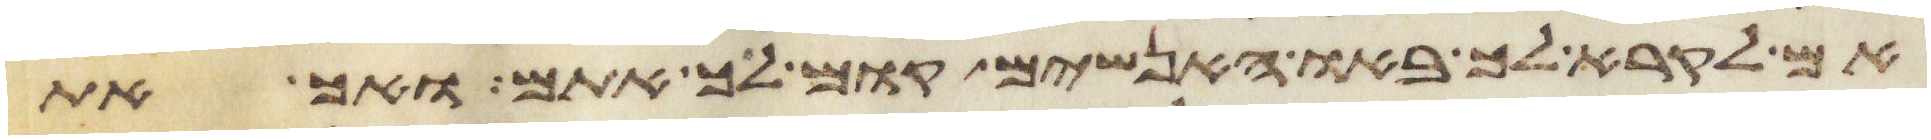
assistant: אם לקרא לך באו האנשים קום לך אתם ואך את